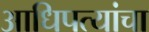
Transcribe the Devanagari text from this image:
आधिपत्यांचा